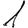
Digit: 1